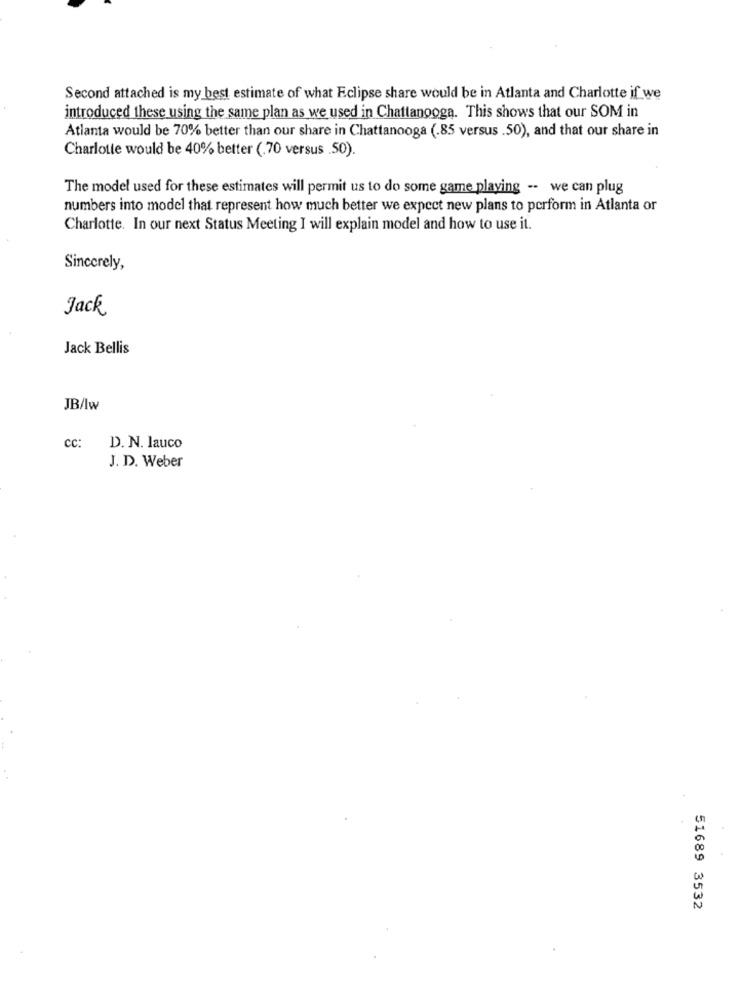
Second attached is my best estimate of what Eclipse share would be in Atlanta and Charlotte if we
introduced these using the same plan as we used in Chattanooga. This shows that our SOM in
Atlanta would be 70% better than our share in Chattanooga (.85 versus .50), and that our share in
Charlotte would be 40% better (.70 versus .50).
The model used for these estimates will permit us to do some game playing -- we can plug
numbers into model that represent how much better we expect new plans to perform in Atlanta or
Charlotte. In our next Status Meeting I will explain model and how to use it.
Sincerely,
Jack
Jack Bellis
JB/Iw
cc:
D. N. lauco
J. D. Weber
51689 3532